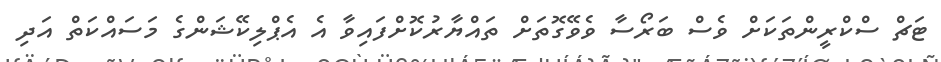
ޓަޗް ސްކްރީންތަކަށް ވެސް ބަރޯސާ ވެވޭގޮތަށް ތައްޔާރުކޮށްފައިވާ އެ އެޕްލިކޭޝަންގެ މަސައްކަތް އަދި